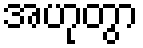
အဟုတွာ